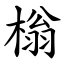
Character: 㮬